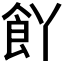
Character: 𮨸